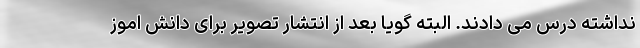
نداشته درس مى دادند. البته گويا بعد از انتشار تصوير براى دانش اموز